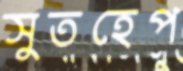
সুতহেপ